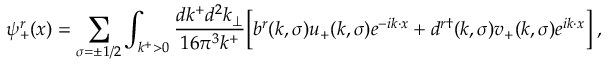
\psi _ { + } ^ { r } ( x ) = \sum _ { \sigma = \pm 1 / 2 } \int _ { k ^ { + } > 0 } { \frac { d k ^ { + } d ^ { 2 } k _ { \perp } } { 1 6 \pi ^ { 3 } k ^ { + } } } \Bigl [ b ^ { r } ( k , \sigma ) u _ { + } ( k , \sigma ) e ^ { - i k \cdot x } + d ^ { r \dagger } ( k , \sigma ) v _ { + } ( k , \sigma ) e ^ { i k \cdot x } \Bigr ] \; ,